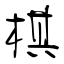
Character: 棋